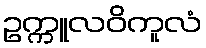
ဥက္ကူလဝိကူလံ